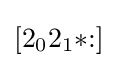
[2_{0}2_{1}{*}{:}]